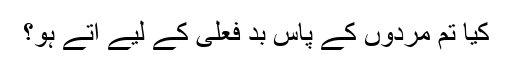
کیا تم مردوں کے پاس بد فعلی کے لیے آتے ہو؟